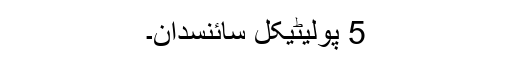
5 پولیٹیکل سائنسدان۔